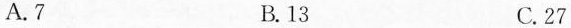
A.7 B. 13 C. 27